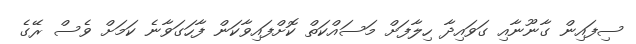
ސިފައިން ގާނޫނާއި ގަވައިދާ ހިލާފަށް މަސައްކަތް ކޮށްފައިވާކަން ފާހަގަވާނެ ކަމަށް ވެސް ރޭގެ